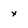
Character: x